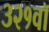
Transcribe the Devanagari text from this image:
३२१वॉ